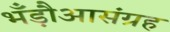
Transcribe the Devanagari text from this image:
भँड़ौआसंग्रह